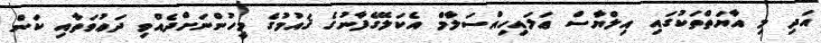
އަދި މި އާޔަތްތަކުގައި އިލްޔާސް ޢަލައިހިއްސަލާމް އެކަލޭގެފާނުގެ ޤައުމުގެ މީހުންނަށްދެއްވި ދަޢުވަތާއި ކަން